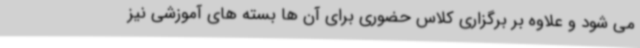
می شود و علاوه بر برگزاری کلاس حضوری برای آن ها بسته های آموزشی نیز